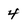
Character: 4